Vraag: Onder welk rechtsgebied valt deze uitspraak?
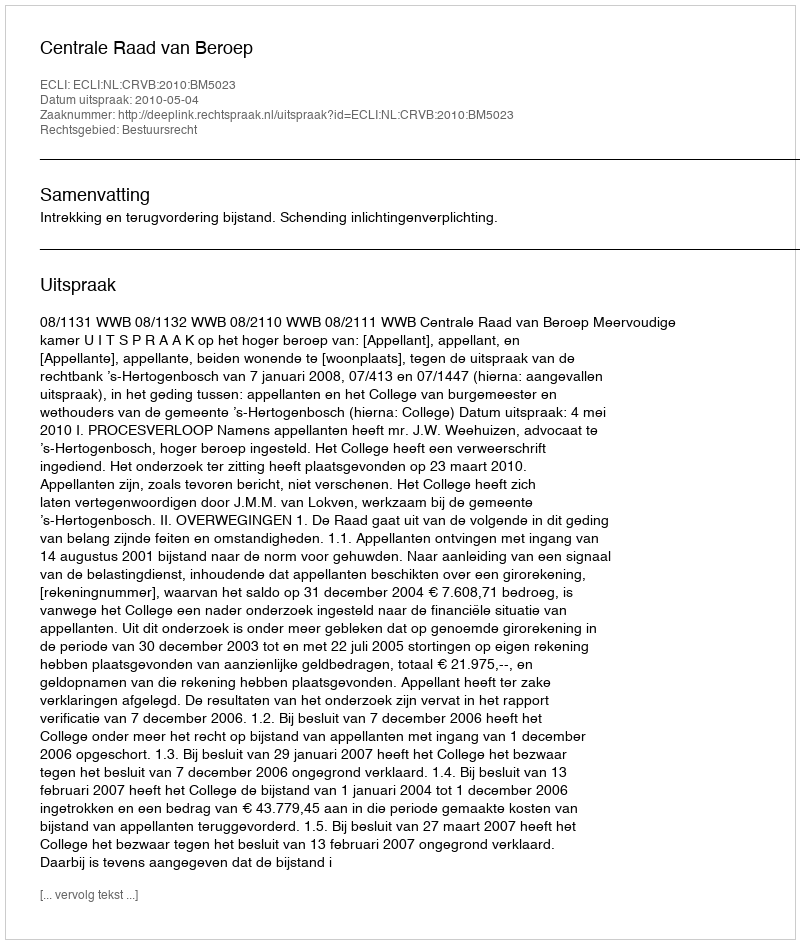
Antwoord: Bestuursrecht